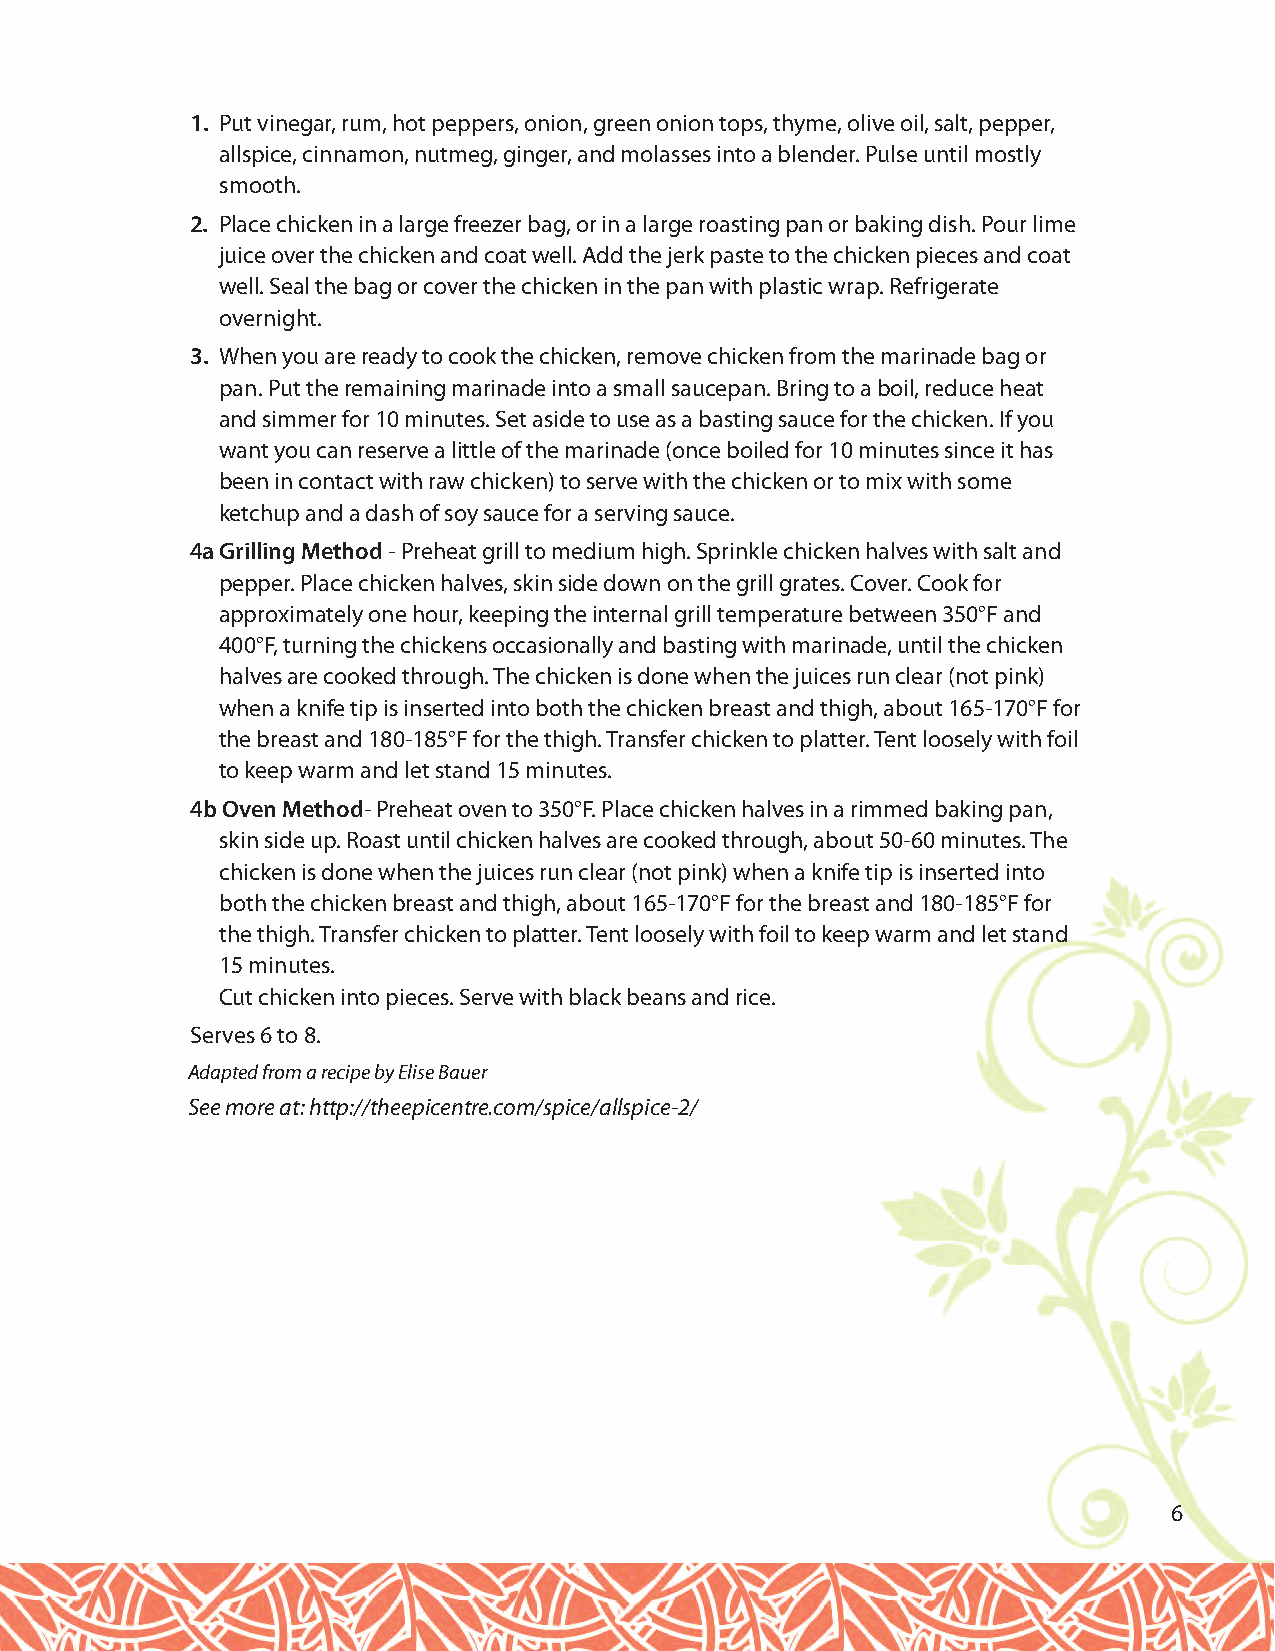
1. Put vinegar, rum, hot peppers, onion, green onion tops, thyme, olive oil, salt, pepper,
 allspice, cinnamon, nutmeg, ginger, and molasses into a blender. Pulse until mostly
 smooth.
 2. Place chicken in a large freezer bag, or in a large roasting pan or baking dish. Pour lime
 juice over the chicken and coat well. Add the jerk paste to the chicken pieces and coat
 well. Seal the bag or cover the chicken in the pan with plastic wrap. Refrigerate
 overnight.
 3. When you are ready to cook the chicken, remove chicken from the marinade bag or
 pan. Put the remaining marinade into a small saucepan. Bring to a boil, reduce heat
 and simmer for 10 minutes. Set aside to use as a basting sauce for the chicken. If you
 want you can reserve a little of the marinade (once boiled for 10 minutes since it has
 been in contact with raw chicken) to serve with the chicken or to mix with some
 ketchup and a dash of soy sauce for a serving sauce.
 4a Grilling Method - Preheat grill to medium high. Sprinkle chicken halves with salt and
 pepper. Place chicken halves, skin side down on the grill grates. Cover. Cook for
 approximately one hour, keeping the internal grill temperature between 350°F and
 400°F, turning the chickens occasionally and basting with marinade, until the chicken
 halves are cooked through. The chicken is done when the juices run clear (not pink)
 when a knife tip is inserted into both the chicken breast and thigh, about 165-170°F for
 the breast and 180-185°F for the thigh. Transfer chicken to platter. Tent loosely with foil
 to keep warm and let stand 15 minutes.
 4b Oven Method- Preheat oven to 350°F. Place chicken halves in a rimmed baking pan,
 skin side up. Roast until chicken halves are cooked through, about 50-60 minutes. The
 chicken is done when the juices run clear (not pink) when a knife tip is inserted into
 both the chicken breast and thigh, about 165-170°F for the breast and 180-185°F for
 the thigh. Transfer chicken to platter. Tent loosely with foil to keep warm and let stand
 15 minutes.
 Cut chicken into pieces. Serve with black beans and rice.
 Serves 6 to 8.
 Adapted from a recipe by Elise Bauer
 See more at: http://theepicentre.com/spice/allspice-2/
 6